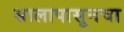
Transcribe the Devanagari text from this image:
सालापासूनचा